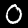
Label: 0